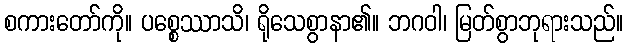
စကားတော်ကို။ ပစ္စေဿာသိ၊ ရိုသေစွာနာ၏။ ဘဂဝါ၊ မြတ်စွာဘုရားသည်။